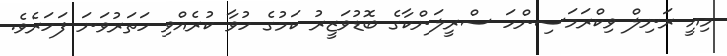
މިއީ ރަނިލް ވިކްރަމަސިންހަ ސްރީލަންކާގެ ބޮޑުވަޒީރު ކަމުގެ ހުވާ ކުރެއްވި ހަތަރުވަނަ ފަހަރެވެ.